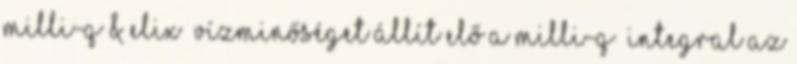
Milli-Q®& Elix® vízminőséget állít elő A Milli-Q® Integral az